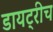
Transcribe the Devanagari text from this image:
डायट्रीच